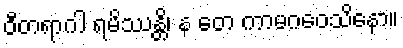
ဝီတရာဂါ ရမိဿန္တိ၊ န တေ ကာမဂဝေသိနော။